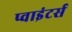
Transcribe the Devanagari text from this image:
प्वाइंटर्स